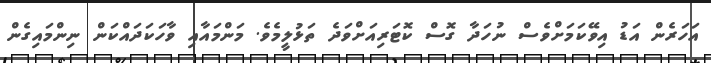
އަހަރެން އަޑު އިވޭކަމަށްވެސް ނުހަދާ ގޮސް ކޮޓަރިއަށްވަދެ ތަޅުލީމެވެ. މަންމައާއި ވާހަކަދައްކަން ނިންމައިގެން